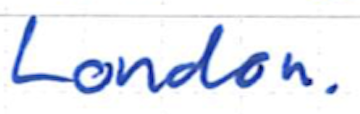
Text: London.
Cross-out: clean
Writing tool: ballpoint